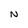
Character: N